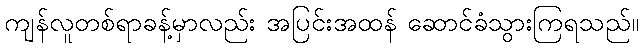
ကျန်လူတစ်ရာခန့်မှာလည်း အပြင်းအထန် ဆောင်ခံသွားကြရသည်။